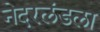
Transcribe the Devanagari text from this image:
नेदरलंडला